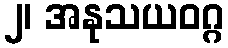
၂၊ အနုသယဝဂ္ဂ